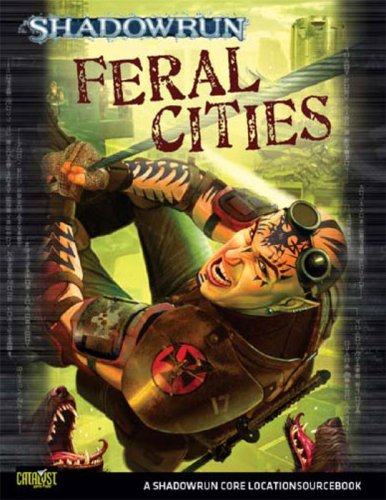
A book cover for Shadowrun Feral Cities (Shadowrun Core Character Rulebooks); Catalyst Game Labs; Science Fiction & Fantasy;